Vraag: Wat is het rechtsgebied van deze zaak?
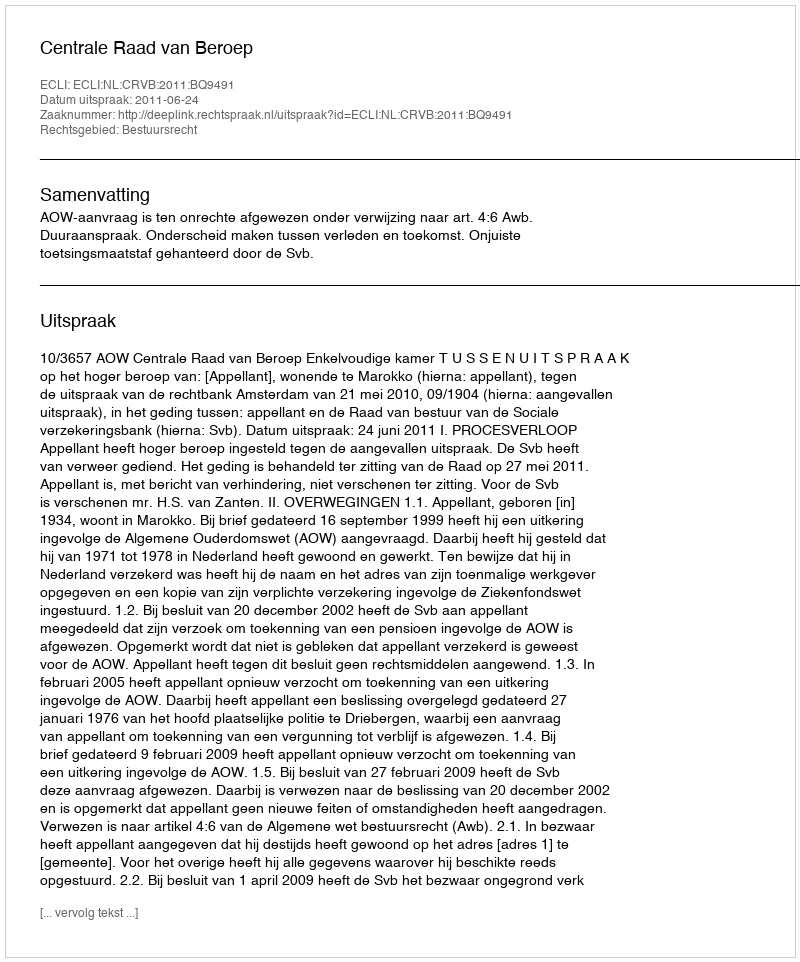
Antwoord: Bestuursrecht